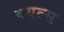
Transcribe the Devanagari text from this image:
क्‍यूल्‍स